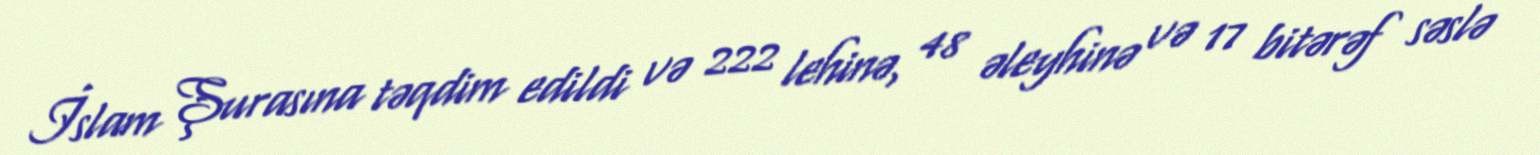
İslam Şurasına təqdim edildi və 222 lehinə, 48 əleyhinə və 17 bitərəf səslə